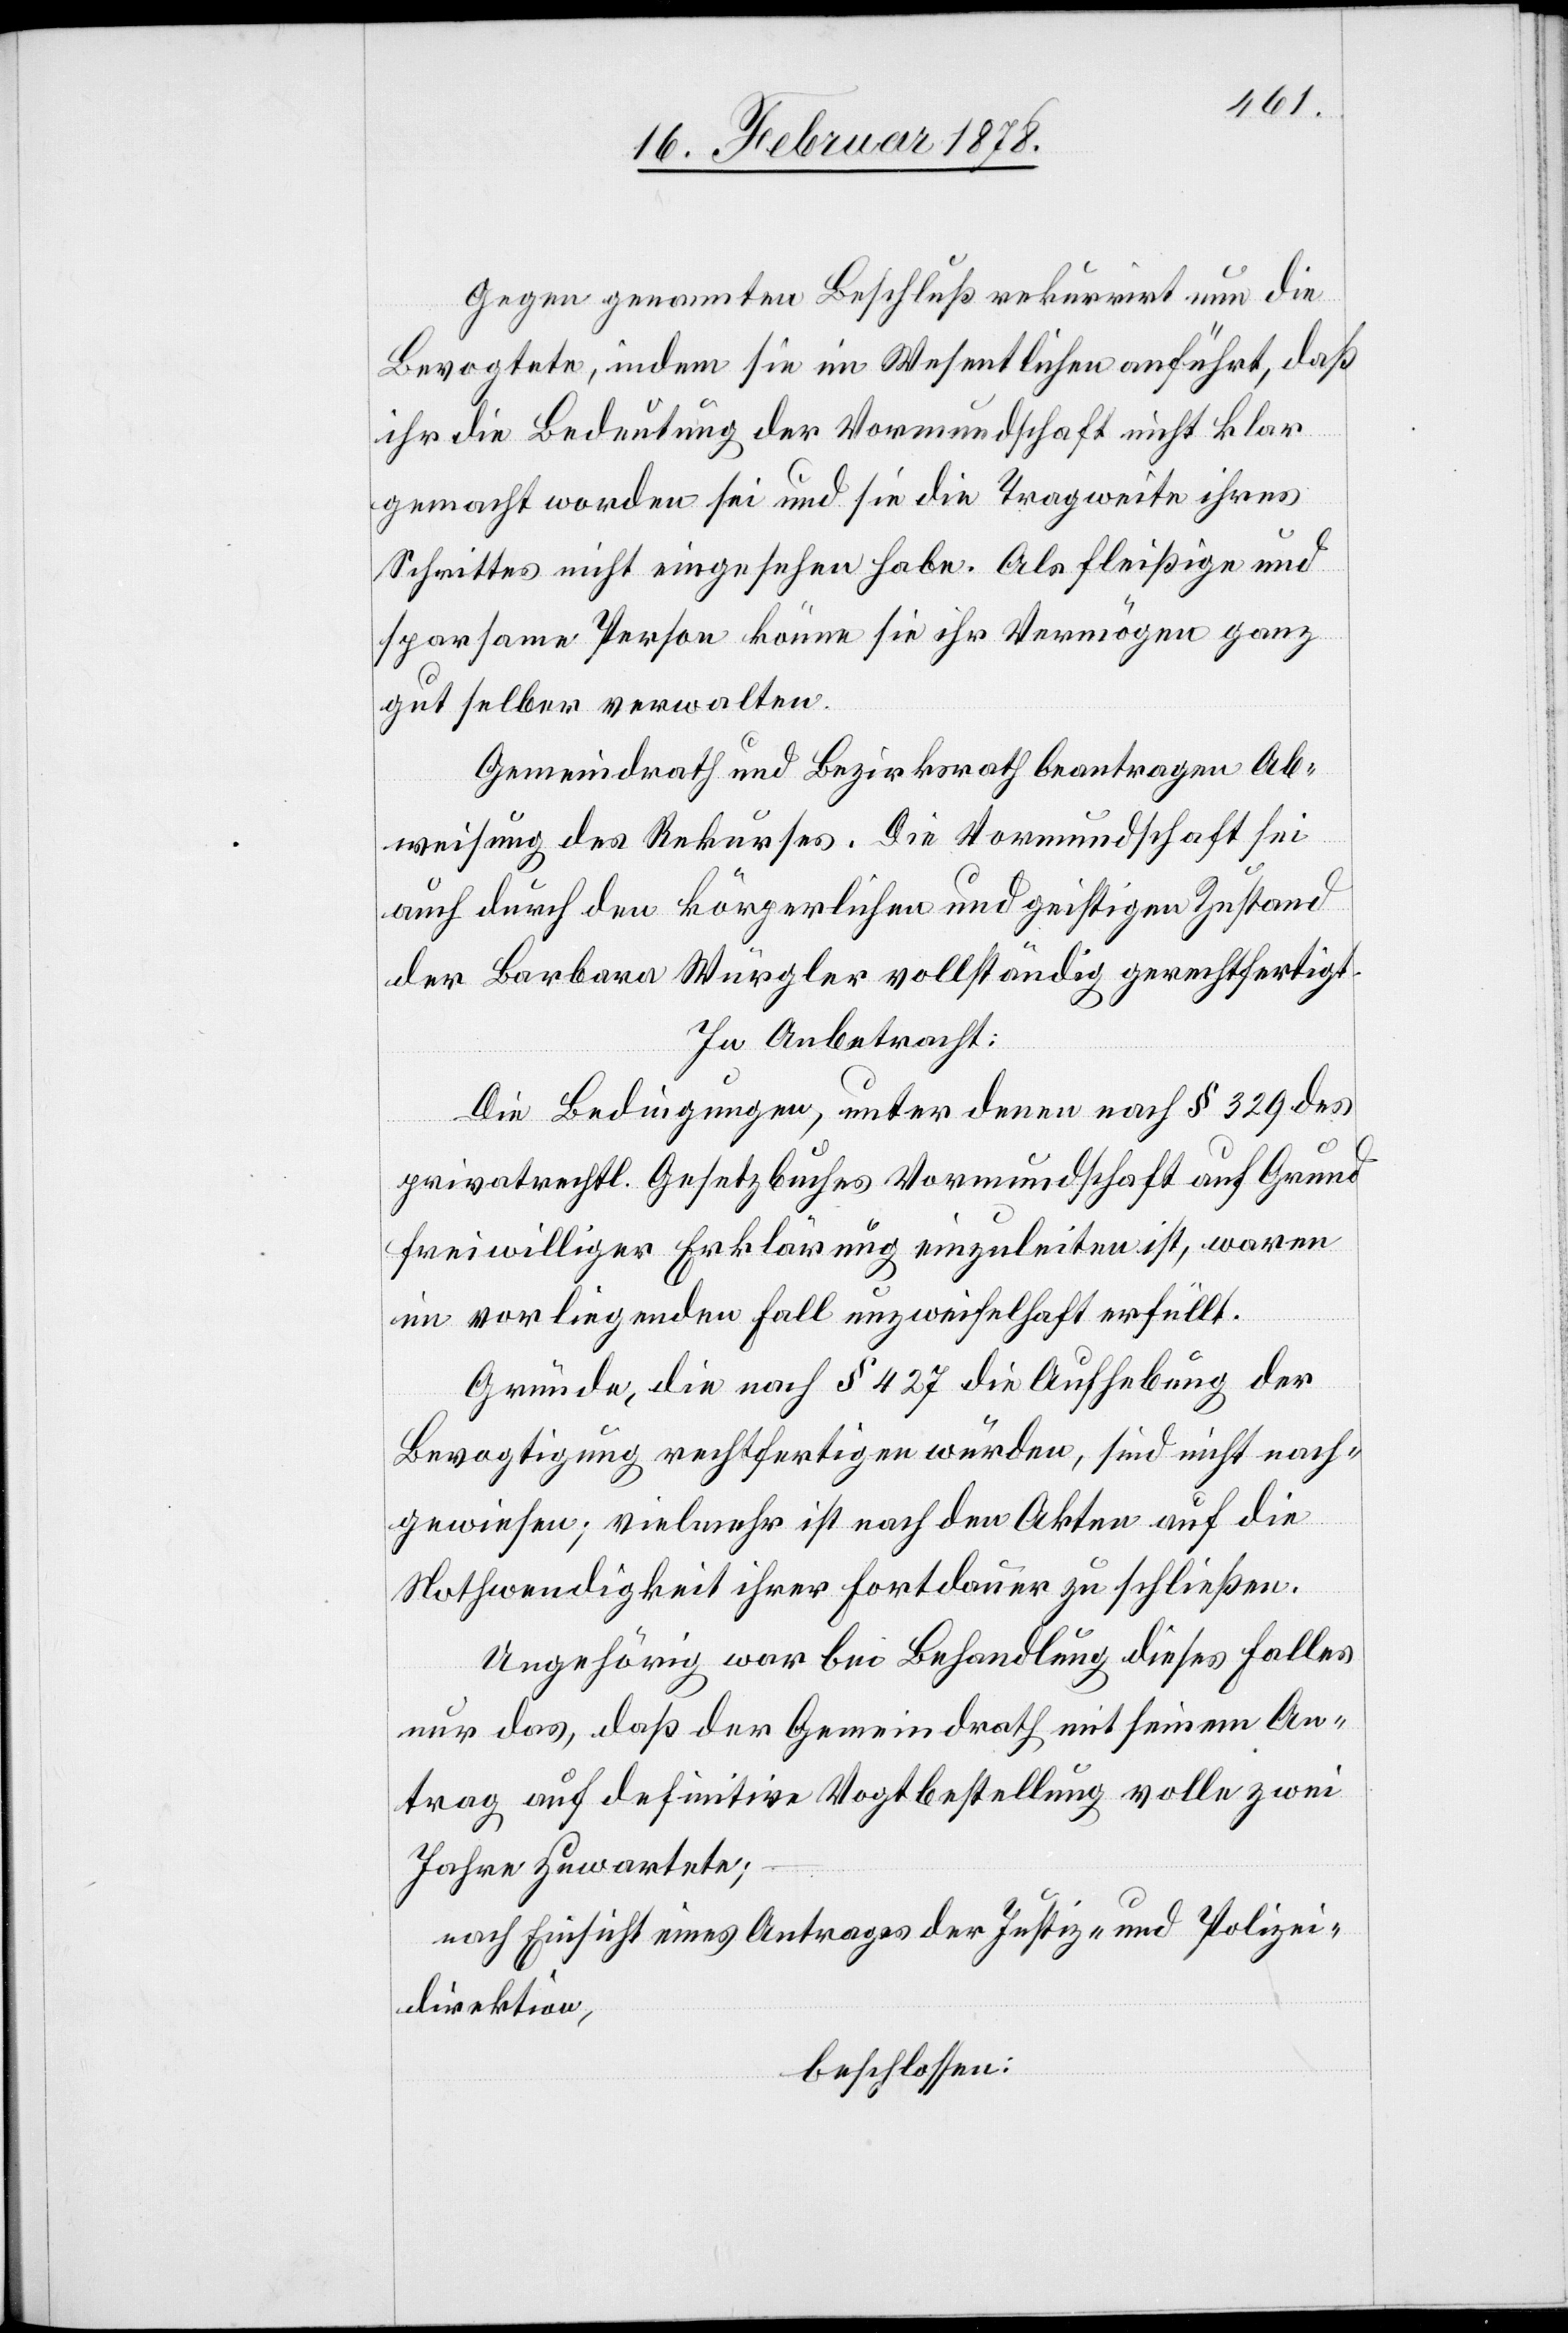
Gegen genannten Beschluß rekurrirt nun die
Bevogtete, indem sie im Wesentlichen anführt, daß
ihr die Bedeutung der Vormundschaft nicht klar
gemacht worden sei und sie die Tragweite ihres
Schrittes nicht eingesehen habe. Als fleißige und
sparsame Person könne sie ihr Vermögen ganz
gut selber verwalten.
Gemeindrath und Bezirksrath beantragen Ab¬
weisung des Rekurses. Die Vormundschaft sei
auch durch den körperlichen und geistigen Zustand
der Barbara Würgler vollständig gerechtfertigt.
In Anbetracht:
Die Bedingungen, unter denen nach § 329 des
privatrechtl. Gesetzbuches Vormundschaft auf Grund
freiwilliger Erklärung einzuleiten ist, waren
im vorliegenden Fall unzweifelhaft erfüllt.
Gründe, die nach § 427 die Aufhebung der
Bevogtigung rechtfertigen würden, sind nicht nach¬
gewiesen; vielmehr ist nach den Akten auf die
Nothwendigkeit ihrer Fortdauer zu schließen.
Ungehörig war bei Behandlung dieses Falles
nur das, daß der Gemeindrath mit seinem An¬
trag auf definitive Vogtbestellung volle zwei
Jahre zuwartete;
nach Einsicht eines Antrages der Justiz- und Polizei¬
direktion,
beschlossen: